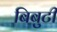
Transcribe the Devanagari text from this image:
बिबुटी